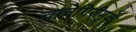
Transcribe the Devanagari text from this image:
चाचेगिरीमुळे